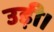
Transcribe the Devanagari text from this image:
उड़ी।